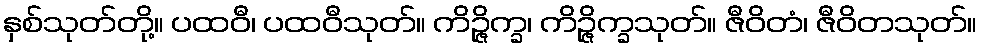
နှစ်သုတ်တို့။ ပထဝီ၊ ပထဝီသုတ်။ ကိဉ္ဇိက္ခ၊ ကိဉ္ဇိက္ခသုတ်။ ဇီဝိတံ၊ ဇီဝိတသုတ်။